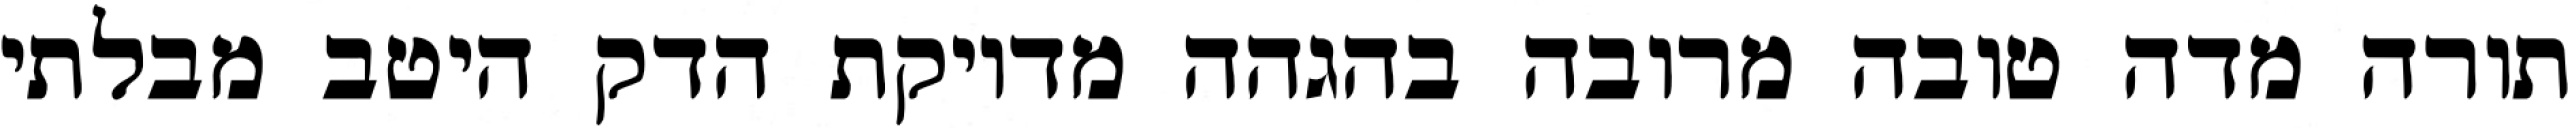
תורה מדה טובה מרובה בהגהה מדויקת הדק היטב מבלתי